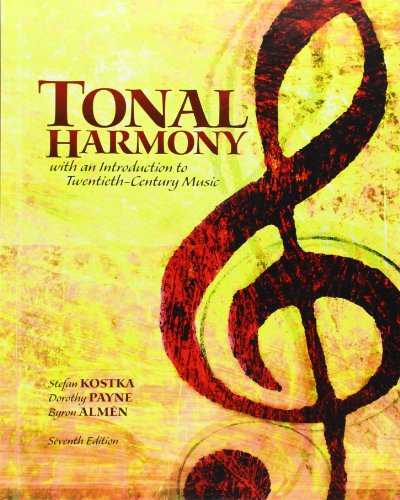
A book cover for Tonal Harmony; Stefan Kostka; Arts & Photography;